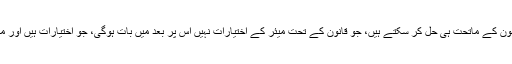
وزیر بلدیات نے کہا کہ بلدیاتی مسائل موجودہ قانون کے ماتحت ہی حل کر سکتے ہیں، جو قانون کے تحت میئر کے اختیارات نہیں اس پر بعد میں بات ہوگی، جو اختیارات ہیں اور میئر کو نہیں مل رہے دلانے کی کوشش کروں گا۔